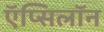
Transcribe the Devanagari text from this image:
ऍप्सिलॉन